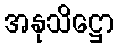
အနုသိဋ္ဌော